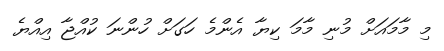
މި މާމައަށް މުނި މާމަ ކިޔާ އެންމެ ހަގަށް ހުންނަ ކުއްޖާ އިއްޔެ